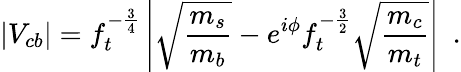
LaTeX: |V_{cb}|=f_{t}^{-\frac{3}{4}}\left|\sqrt{\frac{m_{s}}{m_{b}}}-e^{i\phi}f_{t}^{-\frac{3}{2}}\sqrt{\frac{m_{c}}{m_{t}}}\right|~~.